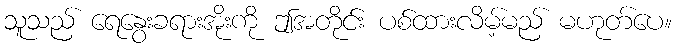
သူသည် ရေနွေးခရားအိုးကို ဤအတိုင်း ပစ်ထားလိမ့်မည် မဟုတ်ပေ။